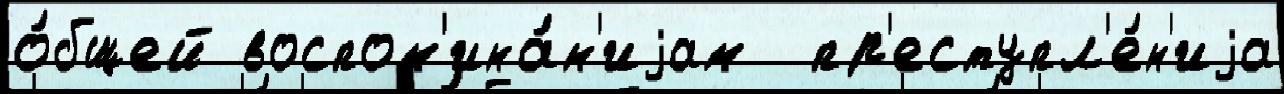
о́бщей воспом'ина́н'иjам  пр'еступл'е́н'иjа